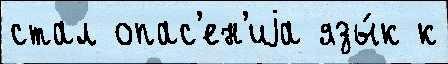
стал опас'ен'иjа язы́к к